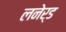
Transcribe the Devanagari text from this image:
लनेर्ड